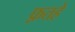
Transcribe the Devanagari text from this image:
फ़तहे